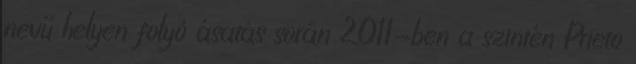
nevű helyen folyó ásatás során 2011-ben a szintén Prieto